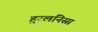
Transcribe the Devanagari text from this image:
हुरलनिसा